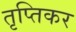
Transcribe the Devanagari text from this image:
तृप्तिकर